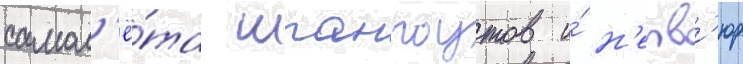
самол'ё́та шпангоутов и́ н'ерв'юр